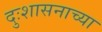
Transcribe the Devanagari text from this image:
दुःशासनाच्या